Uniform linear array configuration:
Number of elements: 64
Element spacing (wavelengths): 0.75
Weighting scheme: blackman
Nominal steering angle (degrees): -15
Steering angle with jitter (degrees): -15.846
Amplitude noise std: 0.05
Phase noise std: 0.05

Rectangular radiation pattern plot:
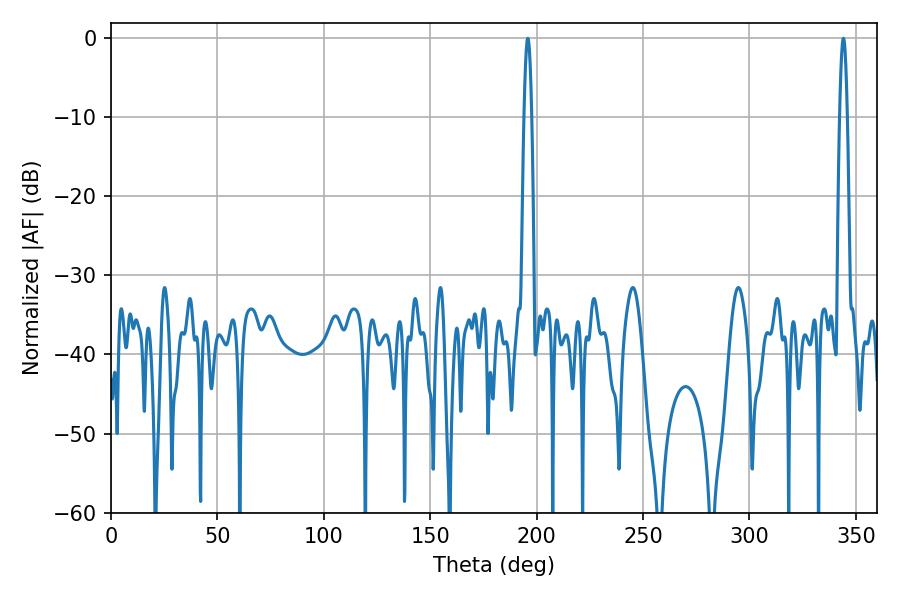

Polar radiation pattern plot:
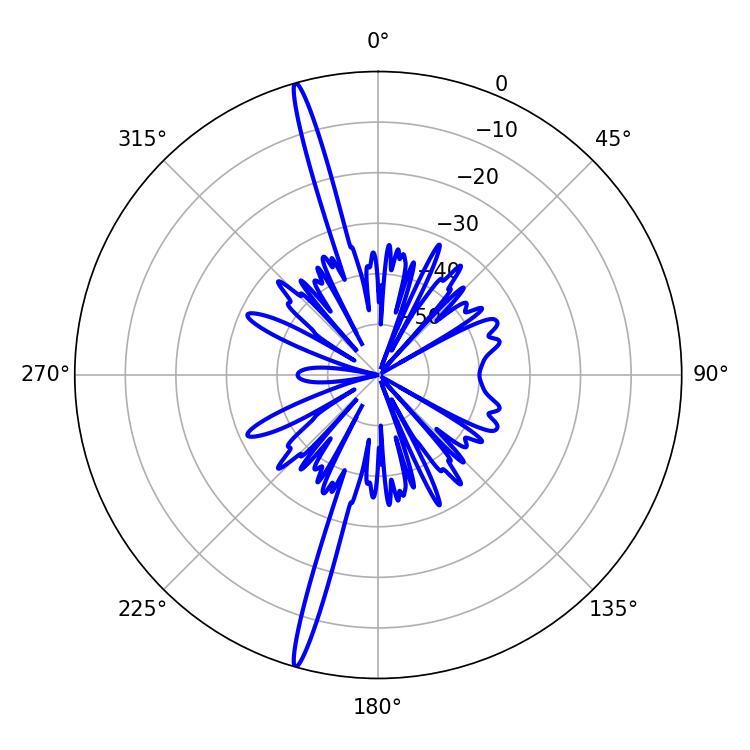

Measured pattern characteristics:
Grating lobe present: TRUE
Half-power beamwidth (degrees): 1.8
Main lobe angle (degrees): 195.84